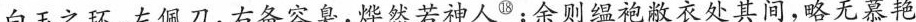
白玉之环，左佩刀,右备容臭，烨然若神人^{⑱};余则缊袍衣处其间，略无慕艳